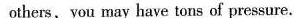
others,you may have tons of pressure.